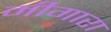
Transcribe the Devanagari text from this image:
मीगारा